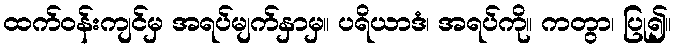
ထက်ဝန်းကျင်မှ အရပ်မျက်နှာမှ။ ပရိယာဒံ၊ အရပ်ကို။ ကတွာ၊ ပြု၍။